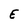
Character: E